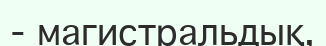
- магистральдық,